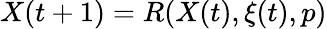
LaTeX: X(t+1)=R(X(t),\xi(t),p)